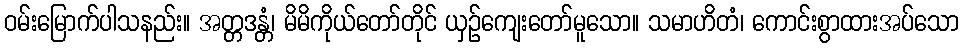
ဝမ်းမြောက်ပါသနည်း။ အတ္တဒန္တံ၊ မိမိကိုယ်တော်တိုင် ယှဉ်ကျေးတော်မူသော။ သမာဟိတံ၊ ကောင်းစွာထားအပ်သော